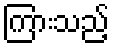
ကြားသည့်